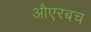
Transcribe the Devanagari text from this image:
औएरबच